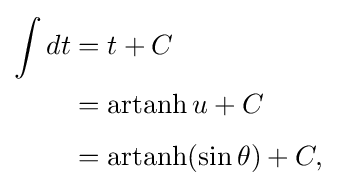
{\begin{aligned}\int dt&=t+C\\&=\operatorname {artanh} u+C\\[4pt]&=\operatorname {artanh} (\sin \theta )+C,\end{aligned}}